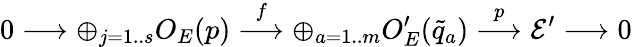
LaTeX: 0\longrightarrow\oplus_{j=1..s}O_{E}(p)\stackrel{f}{\longrightarrow}\oplus_{a=1..m}O_{E}^{\prime}({\tilde{q}_{a}})\stackrel{p}{\longrightarrow}{\cal E^{\prime}}\longrightarrow 0